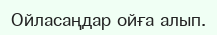
Ойласаңдар ойға алып.